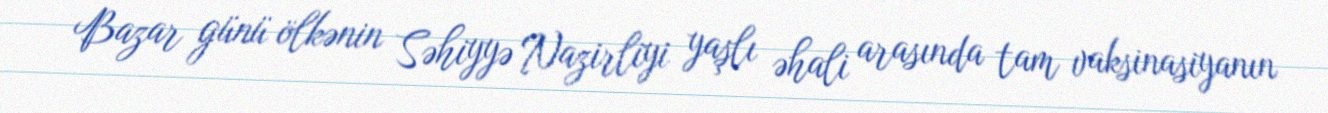
Bazar günü ölkənin Səhiyyə Nazirliyi yaşlı əhali arasında tam vaksinasiyanın